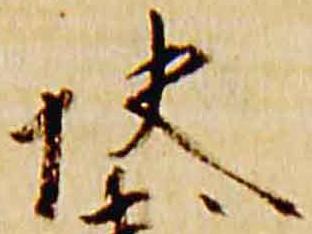
快